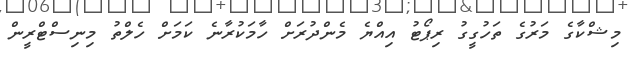
މިޝްކާގެ މަރުގެ ތަހުގީގު ރިޕޯޓު އިއްޔެ މެންދުރަށް ހާމަކުރާނެ ކަމަށް ހެލްތު މިނިސްޓްރީން